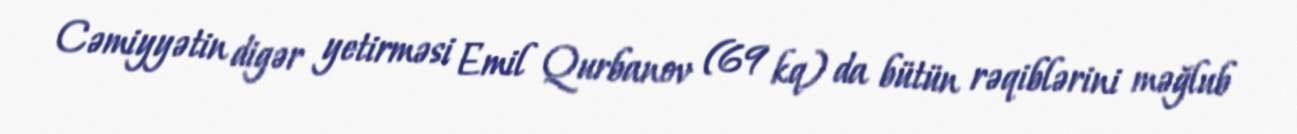
Cəmiyyətin digər yetirməsi Emil Qurbanov (69 kq) da bütün rəqiblərini məğlub